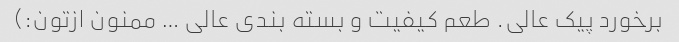
برخورد پیک عالی. طعم کیفیت و بسته بندی عالی … ممنون ازتون:)